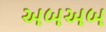
અબઅબ